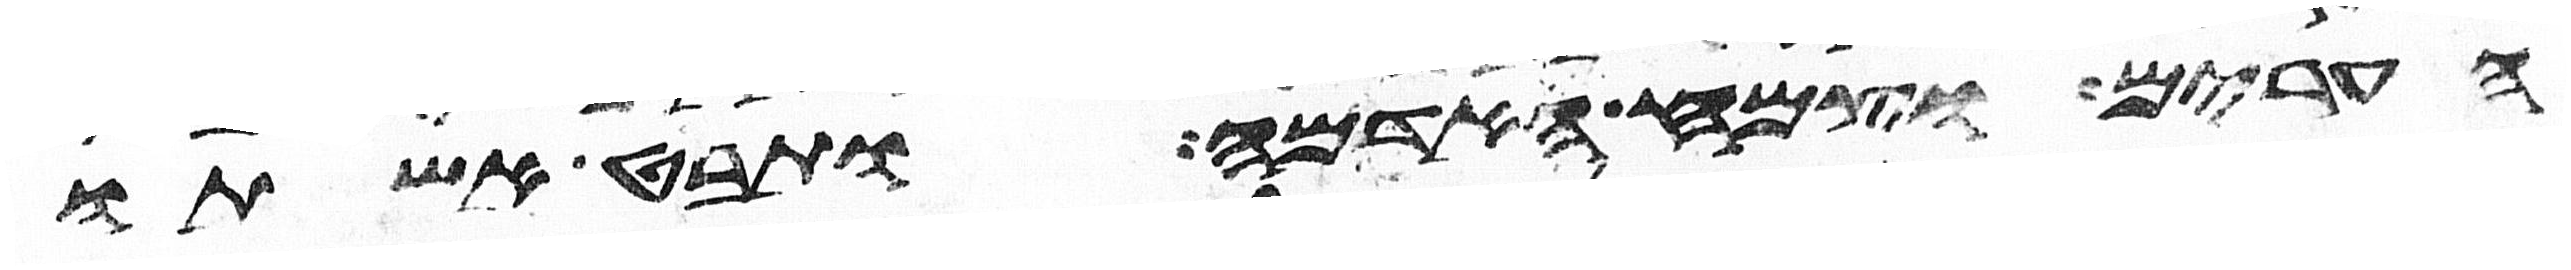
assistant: הערים וצמח האדמה ותבט אשתו